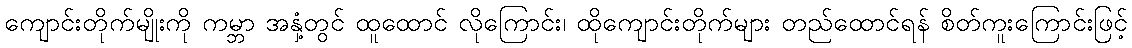
ကျောင်းတိုက်မျိုးကို ကမ္ဘာ အနှံ့တွင် ထူထောင် လိုကြောင်း၊ ထိုကျောင်းတိုက်များ တည်ထောင်ရန် စိတ်ကူးကြောင်းဖြင့်